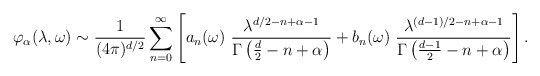
\begin{align*}\varphi_\alpha(\lambda,\omega) \sim {1\over (4\pi)^{d/2}}\sum_{n=0}^\infty\left[a_{n}(\omega)~ { \lambda^{d/2-n+\alpha-1}\over \Gamma\left(\frac d2 -n +\alpha\right)}+b_{n}(\omega)~ { \lambda^{(d-1)/2-n+\alpha-1}\over \Gamma\left({d-1 \over 2} -n +\alpha\right)}\right].\end{align*}